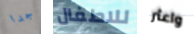
جدا للاطفال واعثر